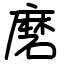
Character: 磨